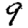
Digit: 9